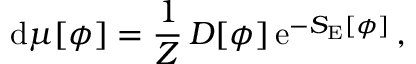
\mathrm { d } \mu [ \phi ] = \frac { 1 } { { \cal Z } } \, { \cal D } [ \phi ] \, \mathrm { e } ^ { - S _ { \mathrm { E } } [ \phi ] } \, ,